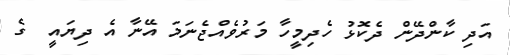
އަދި ކާންދޭން ދެކޮޅު ހެދިމީހާ މަރުވެއްޖެނަމަ އޭނާ އެ ދިޔައީ  ގެ